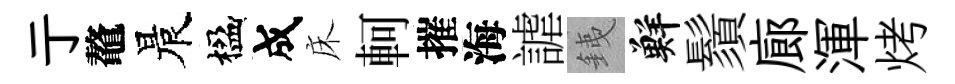
亍鼇晨楹成床軻摧海謔銕鮮鬚廊渾烤